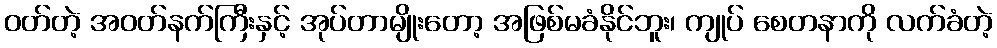
ဝတ်တဲ့ အဝတ်နက်ကြီးနှင့် အုပ်တာမျိုးတော့ အဖြစ်မခံနိုင်ဘူး၊ ကျုပ် စေတနာကို လက်ခံတဲ့